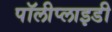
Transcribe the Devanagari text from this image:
पॉलीप्लाइडी